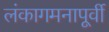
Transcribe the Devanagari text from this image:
लंकागमनापूर्वी